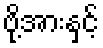
ဗို့အားနှင့်